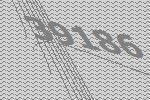
39186